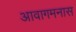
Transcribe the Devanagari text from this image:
आवागमनास